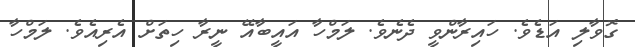
ގޮވާލި އަޑެވެ. ހައިރާންވީ ދެނެވެ. ލަމްހާ އައީބާއޭ ނީރާ ހިތަށް އެރިއެވެ. ލަމްހާ